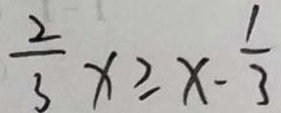
\frac { 2 } { 3 } x \geq x - \frac { 1 } { 3 }